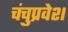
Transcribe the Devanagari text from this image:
चंचुप्रवेश